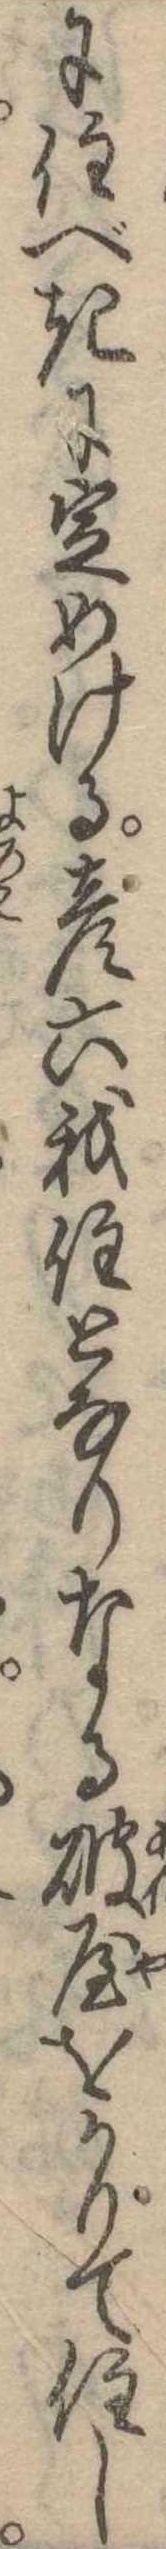
に住べきに定めける彦六我住となりなる破屋をかりて住し